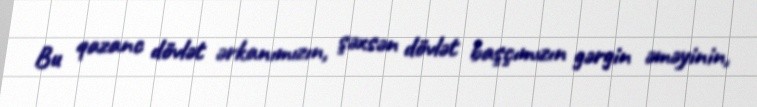
Bu qazanc dövlət ərkanımızın, şəxsən dövlət başçımızın gərgin əməyinin,